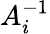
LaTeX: A_{i}^{-1}